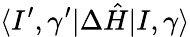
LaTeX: \langle I^{\prime},\gamma^{\prime}|\Delta\hat{H}|I,\gamma\rangle